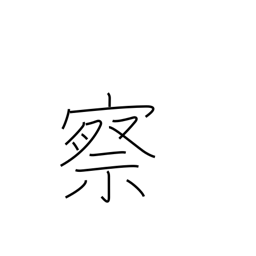
Meaning: judge